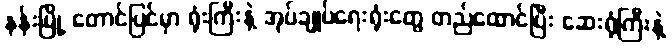
နန်းမြို့ တောင်ပြင်မှာ ရုံးကြီးနဲ့ အုပ်ချုပ်ရေးရုံးတွေ တည်ထောင်ပြီး ဆေးရုံကြီးနဲ့